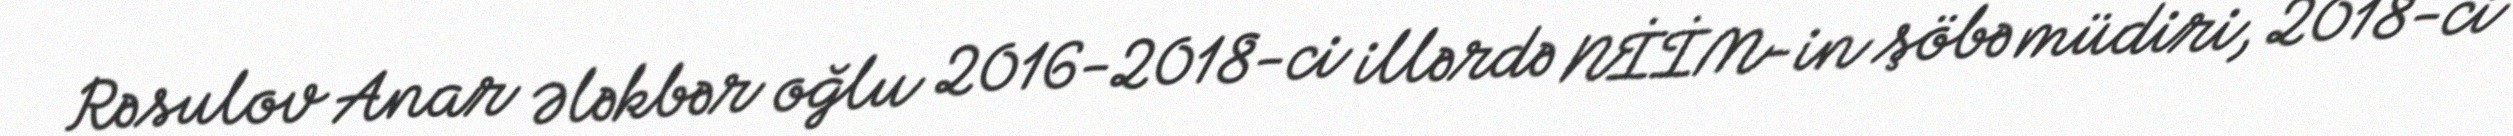
Rəsulov Anar Ələkbər oğlu 2016-2018-ci illərdə NİİM-in şöbə müdiri, 2018-ci